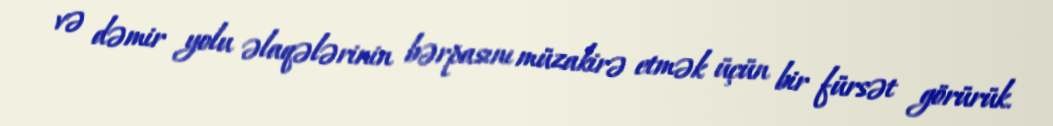
və dəmir yolu əlaqələrinin bərpasını müzakirə etmək üçün bir fürsət görürük.